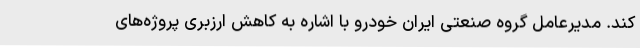
کند. مدیرعامل گروه صنعتی ایران خودرو با اشاره به کاهش ارزبری پروژه‌های